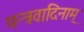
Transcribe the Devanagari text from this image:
मन्त्रवादिनाम्